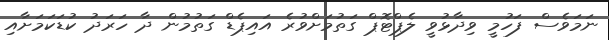
ނަމަވެސް ފަހުމީ ވިދާޅުވީ ލެޕްޓޮޕް ގަތުމަށްވުރެ އައިޕެޑް ގަތުމުން ދާ ހަރަދު ކުޑަކަމަށާއި